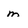
Character: m